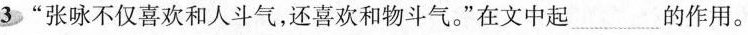
3”张咏不仅喜欢和人斗气，还喜欢和物斗气。”在文中起___的作用。